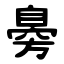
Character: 臱